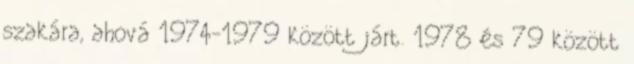
szakára, ahová 1974-1979 között járt. 1978 és 79 között